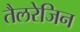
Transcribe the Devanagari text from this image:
तैलरेजिन